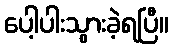
ပေါ့ပါးသွားခဲ့ရပြီ။